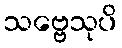
သဗ္ဗေသုပိ